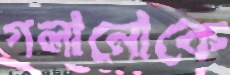
গলানোকে